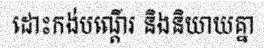
ដោះកង់បណ្តើរ និងនិយាយគ្នា